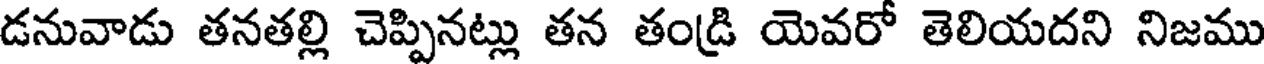
డనువాడు తనతల్లి చెప్పినట్లు తన తండ్రి యెవరో తెలియదని నిజము